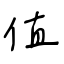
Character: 值